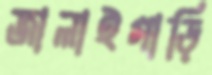
জালাইগাড়ি